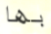
بها